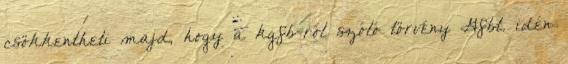
csökkentheti majd, hogy a kgfb-ről szóló törvény Gfbt. idén